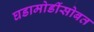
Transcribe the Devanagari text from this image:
घडामोडींसोबत